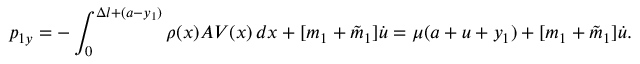
p _ { 1 y } = - \int _ { 0 } ^ { \Delta l + ( a - y _ { 1 } ) } \rho ( x ) A V ( x ) \, d x + [ m _ { 1 } + \tilde { m } _ { 1 } ] \dot { u } = \mu ( a + u + y _ { 1 } ) + [ m _ { 1 } + \tilde { m } _ { 1 } ] \dot { u } .